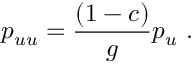
p _ { u u } = { \frac { ( 1 - c ) } { g } } p _ { u } \ .